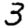
Digit: 3